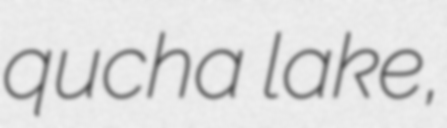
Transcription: qucha lake,